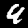
Label: 9